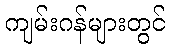
ကျမ်းဂန်များတွင်